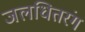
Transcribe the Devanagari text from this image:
जलधितरंग